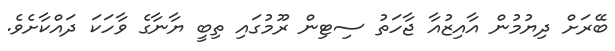
ބޭރަށް ދިޔުމުން އާއިޒުއާ ޖާހަތު ސިޓިން ރޫމުގައި ތިބީ ޔާނާގެ ވާހަކަ ދައްކާށެވެ.